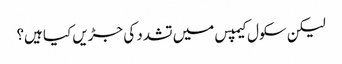
لیکن سکول کیمپس میں تشدد کی جڑیں کیا ہیں؟